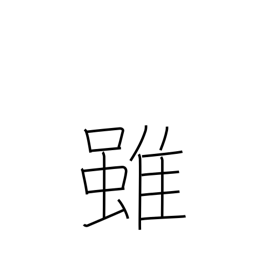
Meaning: although